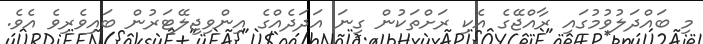
މި ބައްދަލުވުމުގައި ރާއްޖޭގެ އެކި ރަށްތަކުން ގިނަ އަދަދެއްގެ އިންވިޖިލޭޓަރުން ބައިވެރިވެ އެވެ.